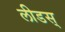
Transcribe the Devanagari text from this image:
लीडस्